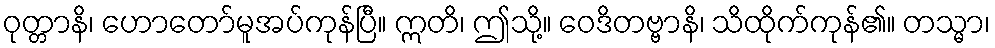
ဝုတ္တာနိ၊ ဟောတော်မူအပ်ကုန်ပြီ။ ဣတိ၊ ဤသို့။ ဝေဒိတဗ္ဗာနိ၊ သိထိုက်ကုန်၏။ တသ္မာ၊